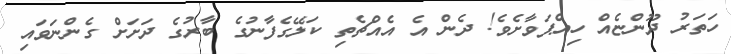
ހަތަރު ދޫންޏެއް ހިއްޕަވާށެވެ! ދެން އެ އެއްޗެތި ކަލޭގެފާނުގެ ބާރުގެ ދަށަށް ގެންނަވައި